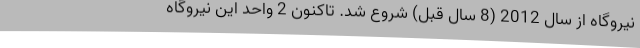
نیروگاه از سال 2012 (8 سال قبل) شروع شد. تاکنون 2 واحد این نیروگاه